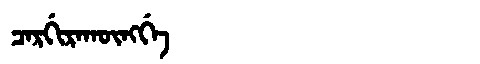
Manchu: ᠴᠠᡵᡤᡳᡵᠠᡴᡡᠩᡤᡝ
Romanization: CARGIRAKŪNGGE